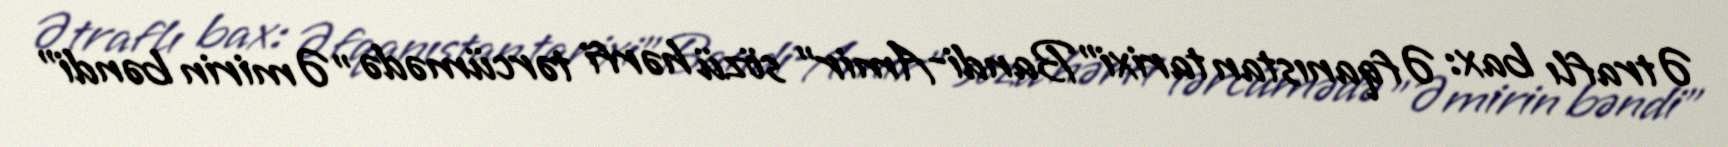
Ətraflı bax: Əfqanıstan tarixi"Bandi-Amir" sözü hərfi tərcümədə "Əmirin bəndi"